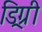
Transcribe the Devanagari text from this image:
ड्रिग्री